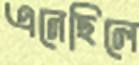
এনেছিলে